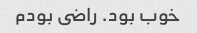
خوب بود. راضى بودم